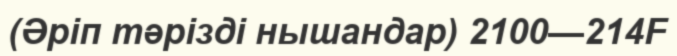
(Әріп тәрізді нышандар) 2100—214F